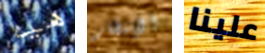
هيا الإنتظار علينا